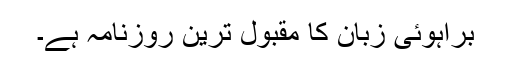
براہوئی زبان کا مقبول ترین روزنامہ ہے۔